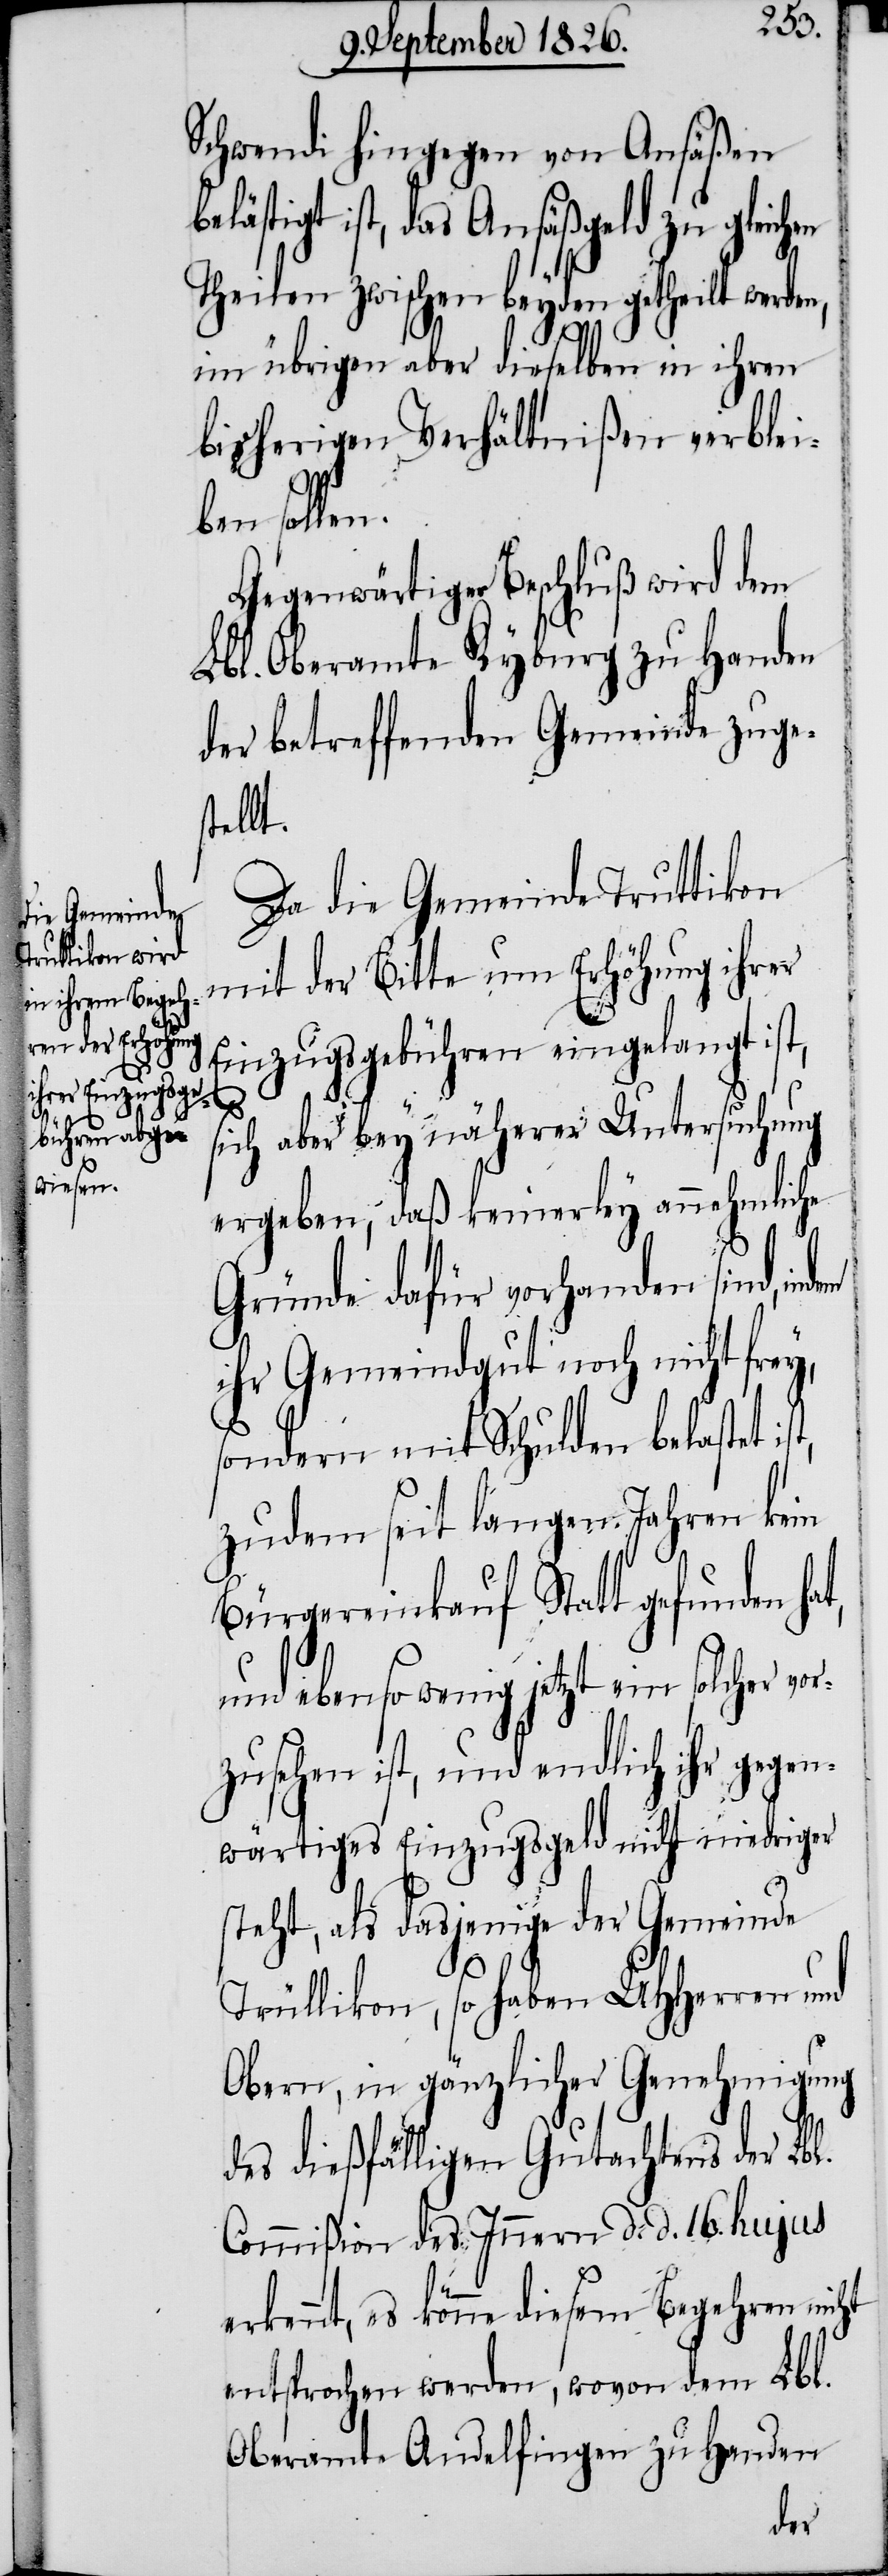
Schwendi hingegen von Ansäßen
ästigt ist, das Ansäßgeld zu gleich¬
Theilen zwischen beyden getheilt werden,
im übrigen aber dieselben in ihren
bisherigen Verhältnißen verblei¬
ben sollen.
Gegenwärtiger Beschluß wird dem
Lbl. Oberamte Kyburg zu Handen
der betreffenden Gemeinde zuges¬
tellt.
Da die Gemeinde Truttikon
mit der Bitte um Erhöhung ihrer
Einzugsgebühren eingelangt ist,
e¬
sich aber bey näherer Untersuchung
ergeben, daß keinerley annehmliche
bel¬
Gründe dafür vorhanden sind, in¬
ihr Gemeindgut noch nicht fre¬
sondern mit Schulden belastet
zudem seit langen Jahren kein
Bürgereinkauf Statt gefunden ha¬
t,
und ebenso wenig jetzt ein solcher vor¬
zusehen ist, und endlich ihr gegen¬
wärtiges Einzugsgeld nicht niedriger
steht, als dasjenige der Gemeinde
Trüllikon, so haben MHHerren und
Obern, in gänzlicher Genehmigung
des dießfälligen Gutachtens der Lbl.
Commißion des Innern d. d. 16. hujus
rkennt, es könne diesem Begehren nicht
entsprochen werden, wovon dem Lbl.
Oberamte Andelfingen zu Handen
dem